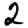
Digit: 2